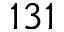
1 3 1